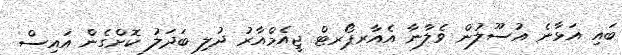
ބައި އަޅާނެ އުސޫލުން ވެލާނާ އެއާރޕޯރޓް ޖީއެމްއާރު ދުލި ބަދަލު ކޮށްގެން އައިސް